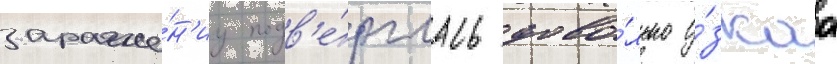
зараже́н'иу подв'е́рглась дово́льно у́зкаа